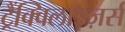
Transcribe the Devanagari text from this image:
ट्रैंक्विलाइज़र्स